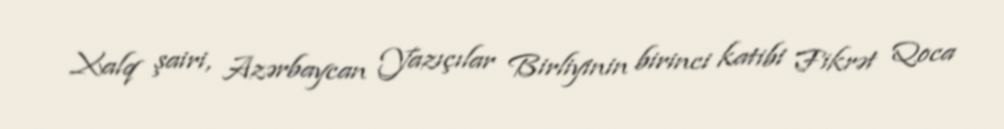
Xalq şairi, Azərbaycan Yazıçılar Birliyinin birinci katibi Fikrət Qoca